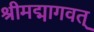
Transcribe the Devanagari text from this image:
श्रीमद्मागवत्